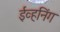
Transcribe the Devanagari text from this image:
ईव्हनिंग